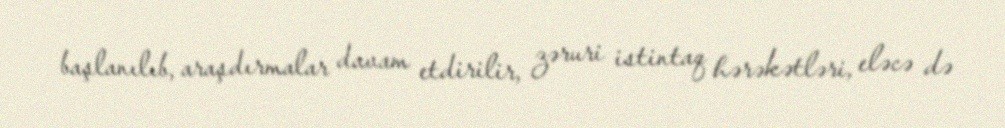
başlanılıb, araşdırmalar davam etdirilir, zəruri istintaq hərəkətləri, eləcə də